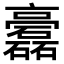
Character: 𥗧